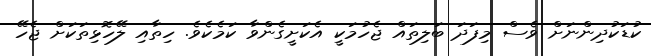
ކުޑަކުދިންނަށް ވެސް މިފަދަ ބަލިތައް ޖެހުމަކީ އެކަށީގެންވާ ކަމެކެވެ. ހިތާއި ލޭހޮޅިތަކަށް ޖެހޭ